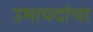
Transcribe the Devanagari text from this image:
उमायदांचा